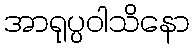
အာရုပ္ပဝါသိနော